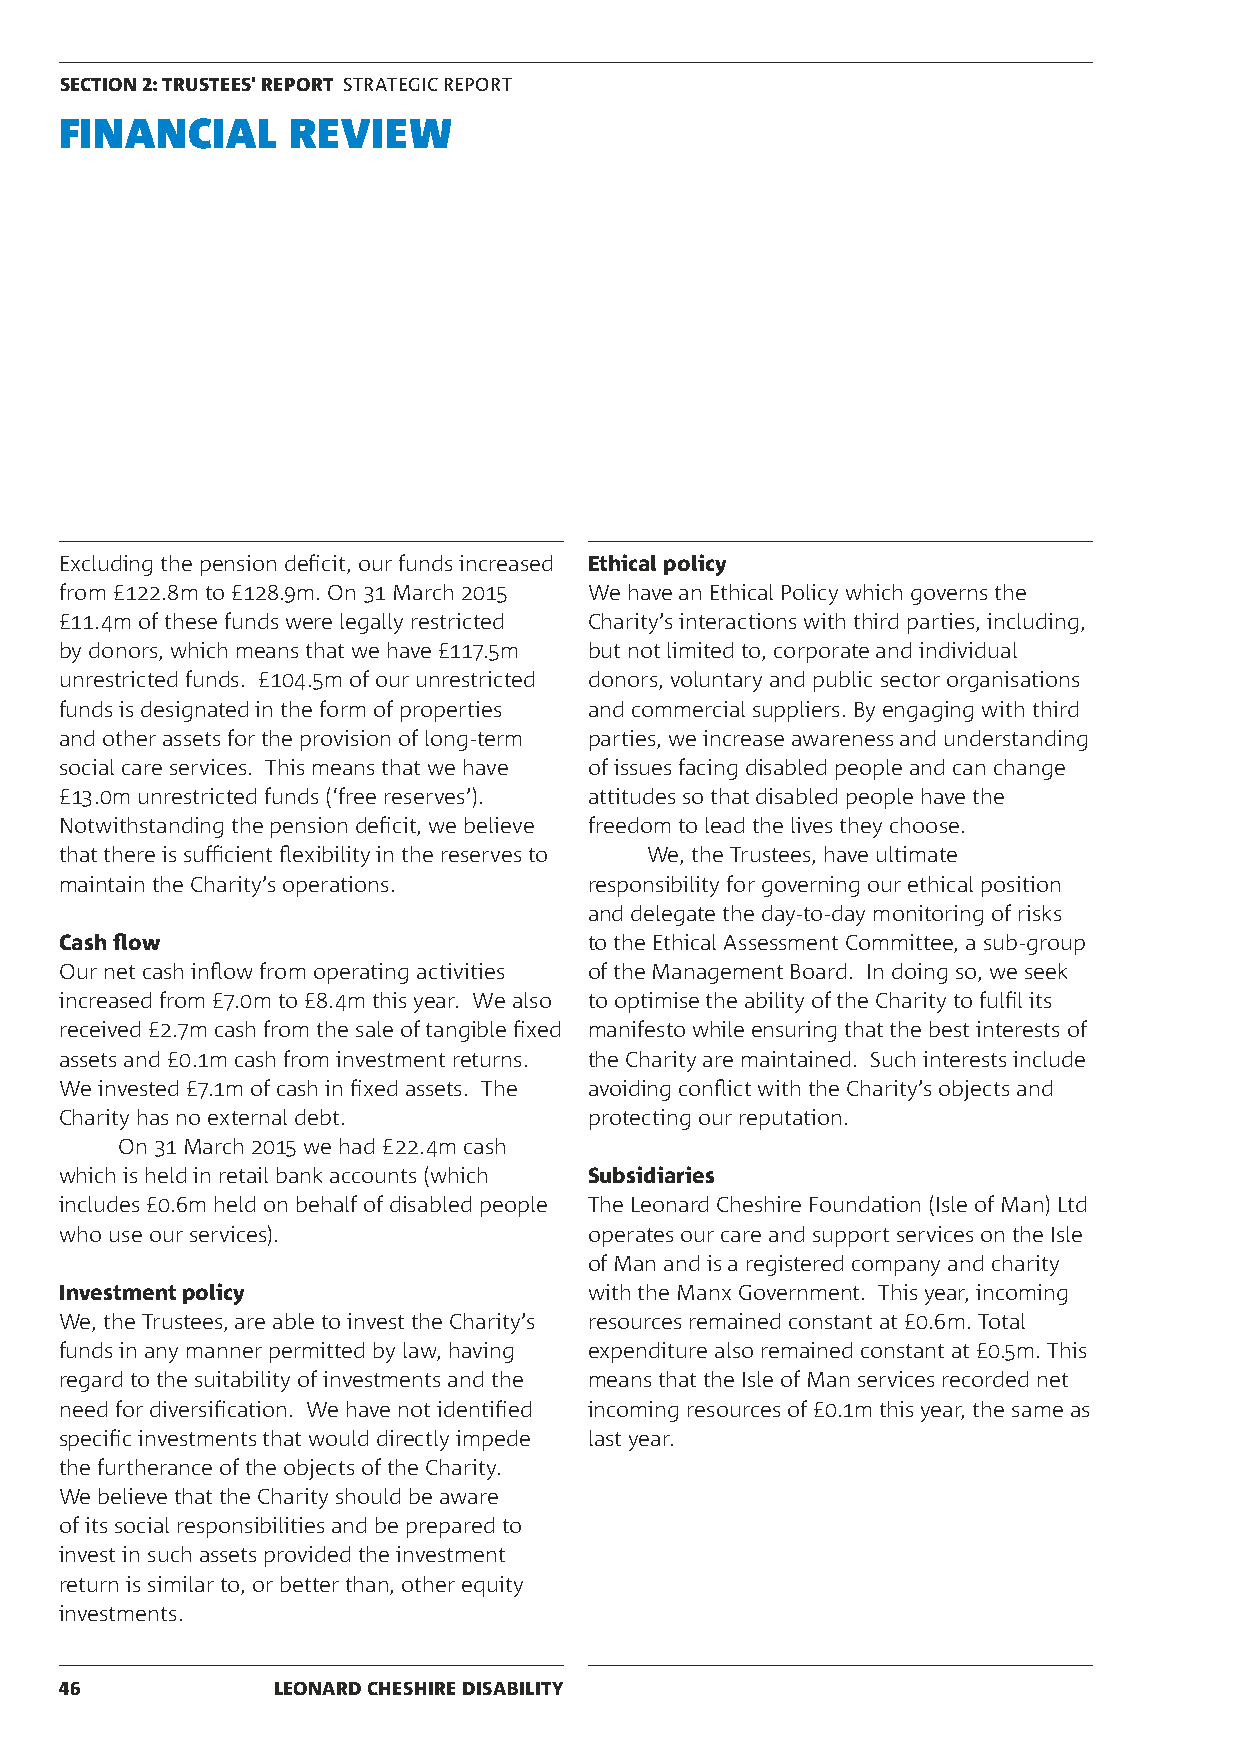
SECTION 2: TRUSTEES' REPORT STRATEGIC REPORT
 FINANCIAL      REVIEW
 Excluding the pension deficit, our funds increased Ethical policy
 from £122.8m to £128.9m. On 31 March 2015 We have an Ethical Policy which governs the
 £11.4m of these funds were legally restricted Charity’s interactions with third parties, including,
 by donors, which means that we have £117.5m but not limited to, corporate and individual
 unrestricted funds. £104.5m of our unrestricted donors, voluntary and public sector organisations
 funds is designated in the form of properties and commercial suppliers. By engaging with third
 and other assets for the provision of long-term parties, we increase awareness and understanding
 social care services. This means that we have of issues facing disabled people and can change
 £13.0m unrestricted funds (‘free reserves’). attitudes so that disabled people have the
 Notwithstanding the pension deficit, we believe freedom to lead the lives they choose.
 that there is sufficient flexibility in the reserves to We, the Trustees, have ultimate
 maintain the Charity’s operations. responsibility for governing our ethical position
 and delegate the day-to-day monitoring of risks
 Cash flow                          to the Ethical Assessment Committee, a sub-group
 Our net cash inflow from operating activities of the Management Board. In doing so, we seek
 increased from £7.0m to £8.4m this year. We also to optimise the ability of the Charity to fulfil its
 received £2.7m cash from the sale of tangible fixed manifesto while ensuring that the best interests of
 assets and £0.1m cash from investment returns. the Charity are maintained. Such interests include
 We invested £7.1m of cash in fixed assets. The avoiding conflict with the Charity’s objects and
 Charity has no external debt.      protecting our reputation.
 On 31 March 2015 we had £22.4m cash
 which is held in retail bank accounts (which Subsidiaries
 includes £0.6m held on behalf of disabled people The Leonard Cheshire Foundation (Isle of Man) Ltd
 who use our services).             operates our care and support services on the Isle
 of Man and is a registered company and charity
 Investment policy                  with the Manx Government. This year, incoming
 We, the Trustees, are able to invest the Charity’s resources remained constant at £0.6m. Total
 funds in any manner permitted by law, having expenditure also remained constant at £0.5m. This
 regard to the suitability of investments and the means that the Isle of Man services recorded net
 need for diversification. We have not identified incoming resources of £0.1m this year, the same as
 specific investments that would directly impede last year.
 the furtherance of the objects of the Charity.
 We believe that the Charity should be aware
 of its social responsibilities and be prepared to
 invest in such assets provided the investment
 return is similar to, or better than, other equity
 investments.
 46            LEONARD CHESHIRE DISABILITY